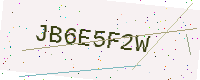
Text: JB6E5F2W